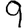
Digit: 9